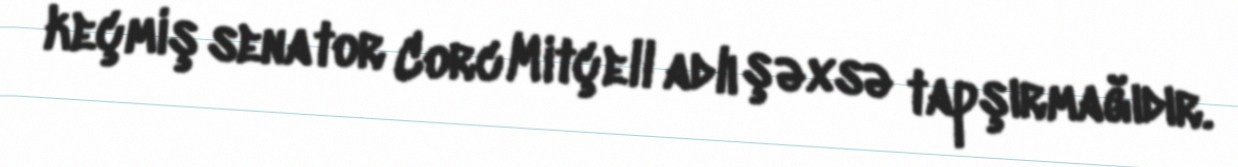
keçmiş senator Corc Mitçell adlı şəxsə tapşırmağıdır.